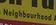
neighbourhood